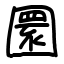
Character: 圜